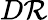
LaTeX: D\mathcal{R}